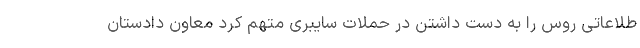
طلاعاتی روس را به دست داشتن در حملات سایبری متهم کرد معاون دادستان